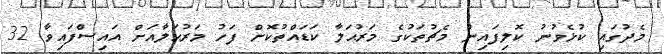
މެދުގައި ކުޅެވުނު ކޮލިފައިން މެޗުތަކުގެ މަރުޙަލާ ކަޑައްތުކޮށް ފަހު މަރުޙަލާއަށް އައިސްފައިވާ 32